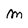
Character: m